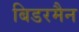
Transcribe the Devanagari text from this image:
बिडरमैन